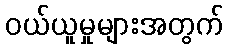
ဝယ်ယူမှုများအတွက်